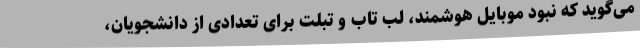
می‌گوید که نبود موبایل هوشمند، لب تاب و تبلت برای تعدادی از دانشجویان،